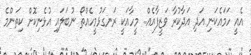
އެއީ ހަމައެކަނި އަދި އަދާކުރާ ވަޒީފާއެއް.. މީހާއަކީ ރަނގަޅުމީހެއްތޯ ނުބަލައި އުޅެނިކޮށް ކިތަންމެ